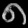
Digit: ၈